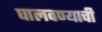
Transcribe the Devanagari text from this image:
घालवण्याची